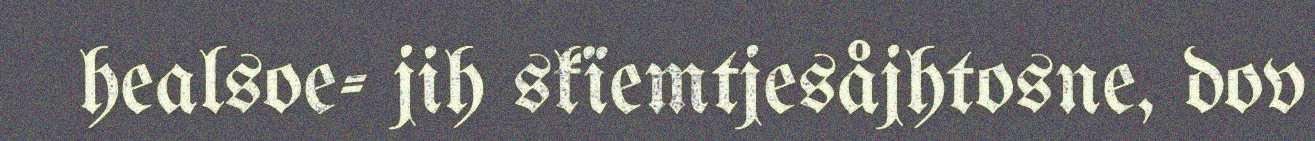
healsoe- jih skïemtjesåjhtosne, dov